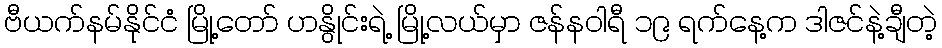
ဗီယက်နမ်နိုင်ငံ မြို့တော် ဟနွိုင်းရဲ့ မြို့လယ်မှာ ဇန်နဝါရီ ၁၉ ရက်နေ့က ဒါဇင်နဲ့ချီတဲ့